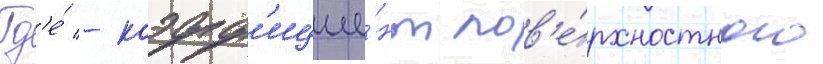
Гд'е́ - коэфф'ицие́нт пов'е́рхностного